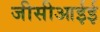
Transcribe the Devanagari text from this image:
जीसीआईई